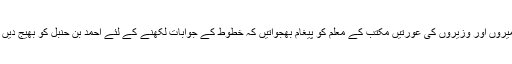
ان کے خطوط جب بغداد میں پہنچتے تو ان امیروں اور وزیروں کی عورتیں مکتب کے معلم کو پیغام بھجواتیں کہ خطوط کے جوابات لکھنے کے لئے احمد بن حنبل کو بھیج دیں ٗ تاکہ وہ ہمارے خطوط کے جوابات لکھ دیں۔